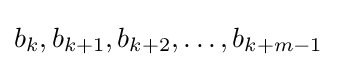
b_{k},b_{k+1},b_{k+2},\dots ,b_{k+m-1}